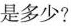
是多少?